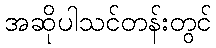
အဆိုပါသင်တန်းတွင်